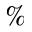
\%